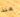
منذ